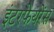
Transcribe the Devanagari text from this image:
इंटरफेयरेंस